Vaccination United Provinces of Agra and Oudh 1902-1913 - 1902-1913
Year: 1902
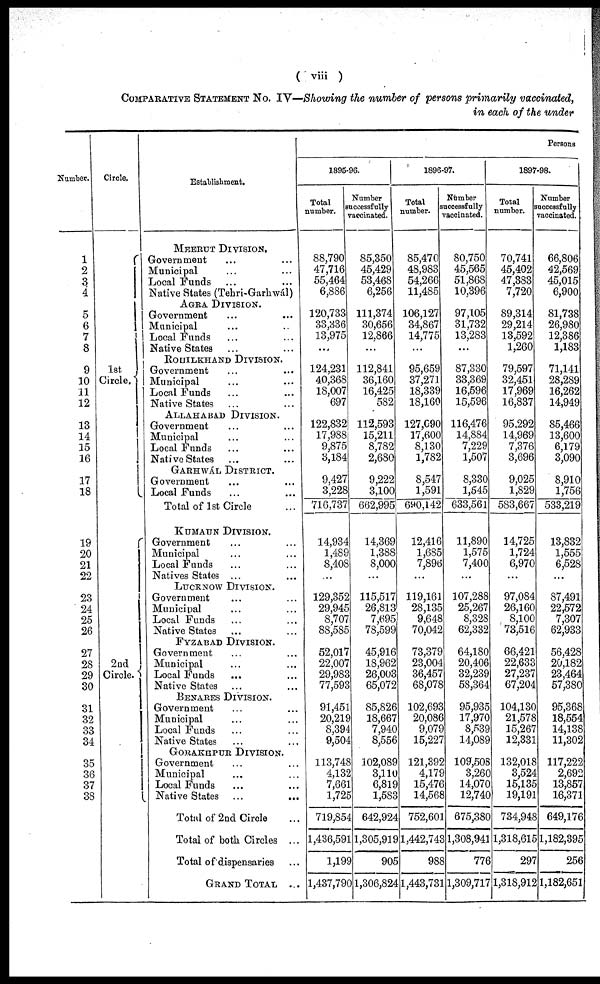
( viii )
COMPARATIVE STATEMENT No. IV—Showing the number of persons primarily vaccinated,
in each of the under
Number.
1
2
3
4
5
6
7
8
9
10
11
12
13
14
15
16
17
18
19
20
21
22
23
24
25
26
27
28
29
30
31
32
33
34
35
36
37
38
Circle.
1st
Circle.
2nd
Circle.
Establishment.
MEERUT DIVISION.
Government ... ...
Municipal ... ...
Local Funds ... ...
Native States (Tehri-Garhwál)
AGRA DIVISION.
Government ... ...
Municipal ... ...
Local Funds ... ...
Native States ... ...
ROHILKHAND DIVISION.
Government ... ...
Municipal ... ...
Local Funds ... ...
Native States ... ...
ALLAHABAD DIVISION.
Government ... ...
Municipal ... ...
Local Funds ... ...
Native States ... ...
GARHWÁL DISTRICT.
Government ... ...
Local Funds ... ...
Total of 1st Circle ...
KUMAUN DIVISION.
Government ... ...
Municipal ... ...
Local Funds ... ...
Natives States ... ...
LUCKNOW DIVISION.
Government ... ...
Municipal ... ...
Local Funds ... ...
Native States ... ...
FYZABAD DIVISION.
Government ... ...
Municipal ... ...
Local Funds ... ...
Native States ... ...
BENARES DIVISION.
Government ... ...
Municipal ... ...
Local Funds ... ...
Native States ... ...
GORAKHPUR DIVISION.
Government ... ...
Municipal ... ...
Local Funds ... ...
Native States ... ...
Total of 2nd Circle
Total of both Circles ...
Total of dispensaries ...
GRAND TOTAL ...
Persons
1895-96.
Total
number.
88,790
47,716
55,464
6,886
120,733
33,336
13,975
...
124,231
40,368
18,007
697
122,832
17,988
9,875
3,184
9,427
3,228
716,737
14,934
1,489
8,408
...
129,352
29,945
8,707
88,585
52,017
22,007
29,983
77,593
91,451
20,219
8,394
9,504
113,748
4,132
7,661
1,125
719,854
1,436,591
1,199
1,437,790
Number
successfully
vaccinated.
85,350
45,429
53,468
6,256
111,374
30,656
12,866
...
112,841
36,160
16,425
582
112,593
15,211
8,782
2,680
9,222
3,100
662,995
14,369
1,388
8,000
...
115,517
26,813
7,695
78,599
45,916
18,962
26,003
65,072
85,826
18,667
7,940
8,556
102,089
3,110
6,819
1,583
642,924
1,305,919
905
1,306,824
1896-97.
Total
number.
85,470
48,983
54,266
11,485
106,127
34,867
14,775
...
95,659
37,271
18,339
18,160
127,090
17,600
8,130
1,782
8,547
1,591
690,142
12,416
1,685
7,896
...
119,161
28,135
9,648
70,042
73,379
23,004
36,457
68,078
102,693
20,086
9,079
15,227
121,392
4,198
15,476
14,568
752,601
1,442,743
988
1,443,731
Number
successfully
vaccinated.
80,750
45,565
51,868
10,396
97,105
31,732
13,283
...
87,330
33,369
16,596
15,596
116,476
14,884
7,229
1,507
8,330
1,545
633,561
11,890
1,575
7,400
...
107,288
25,267
8,328
62,332
64,180
20,406
32,239
58,364
95,935
17,970
8,539
14,089
109,508
3,260
14,070
12,740
675,380
1,308,941
776
1,309,717
1897-98.
Total
number.
70,741
45,402
47,383
7,720
89,314
29,214
13,592
1,260
79,597
32,451
17,969
16,837
95,292
14,969
7,376
3,696
9,025
1,829
583,667
14,725
1,724
6,970
...
97,084
26,160
8,100
73,516
66,421
22,633
27,237
67,204
104,130
21,578
15,267
12,331
132,018
3,524
15,135
19,191
734,948
1,318,615
297
1,318,912
Number
successfully
vaccinated.
66,806
42,569
45,015
6,900
81,738
26,980
12,386
1,183
71,141
28,289
16,262
14,949
85,466
13,600
6,179
3,090
8,910
1,756
533,219
13,832
1,555
6,528
...
87,491
22,572
7,307
62,933
56,428
20,182
23,464
57,380
95,368
18,554
14,138
11,302
117,222
2,692
13,857
16,371
649,176
1,182,395
256
1,182,651